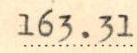
163.31